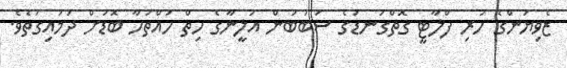
ޒެވިޔަންގެ ހުރި ފްލާޓީ ގޮތްގަނޑުގެ ސަބަބުން އަލީނާގެ ހިތް ހައްތަހާ ބޮޑަށް ދަމައިގަތެވެ.